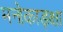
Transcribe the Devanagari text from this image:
मनोकाङ्क्षा